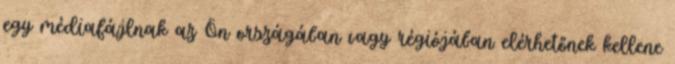
egy médiafájlnak az Ön országában vagy régiójában elérhetőnek kellene